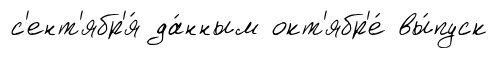
с'ент'ябр'я́ да́нным окт'ябр'е́ вы́пуск